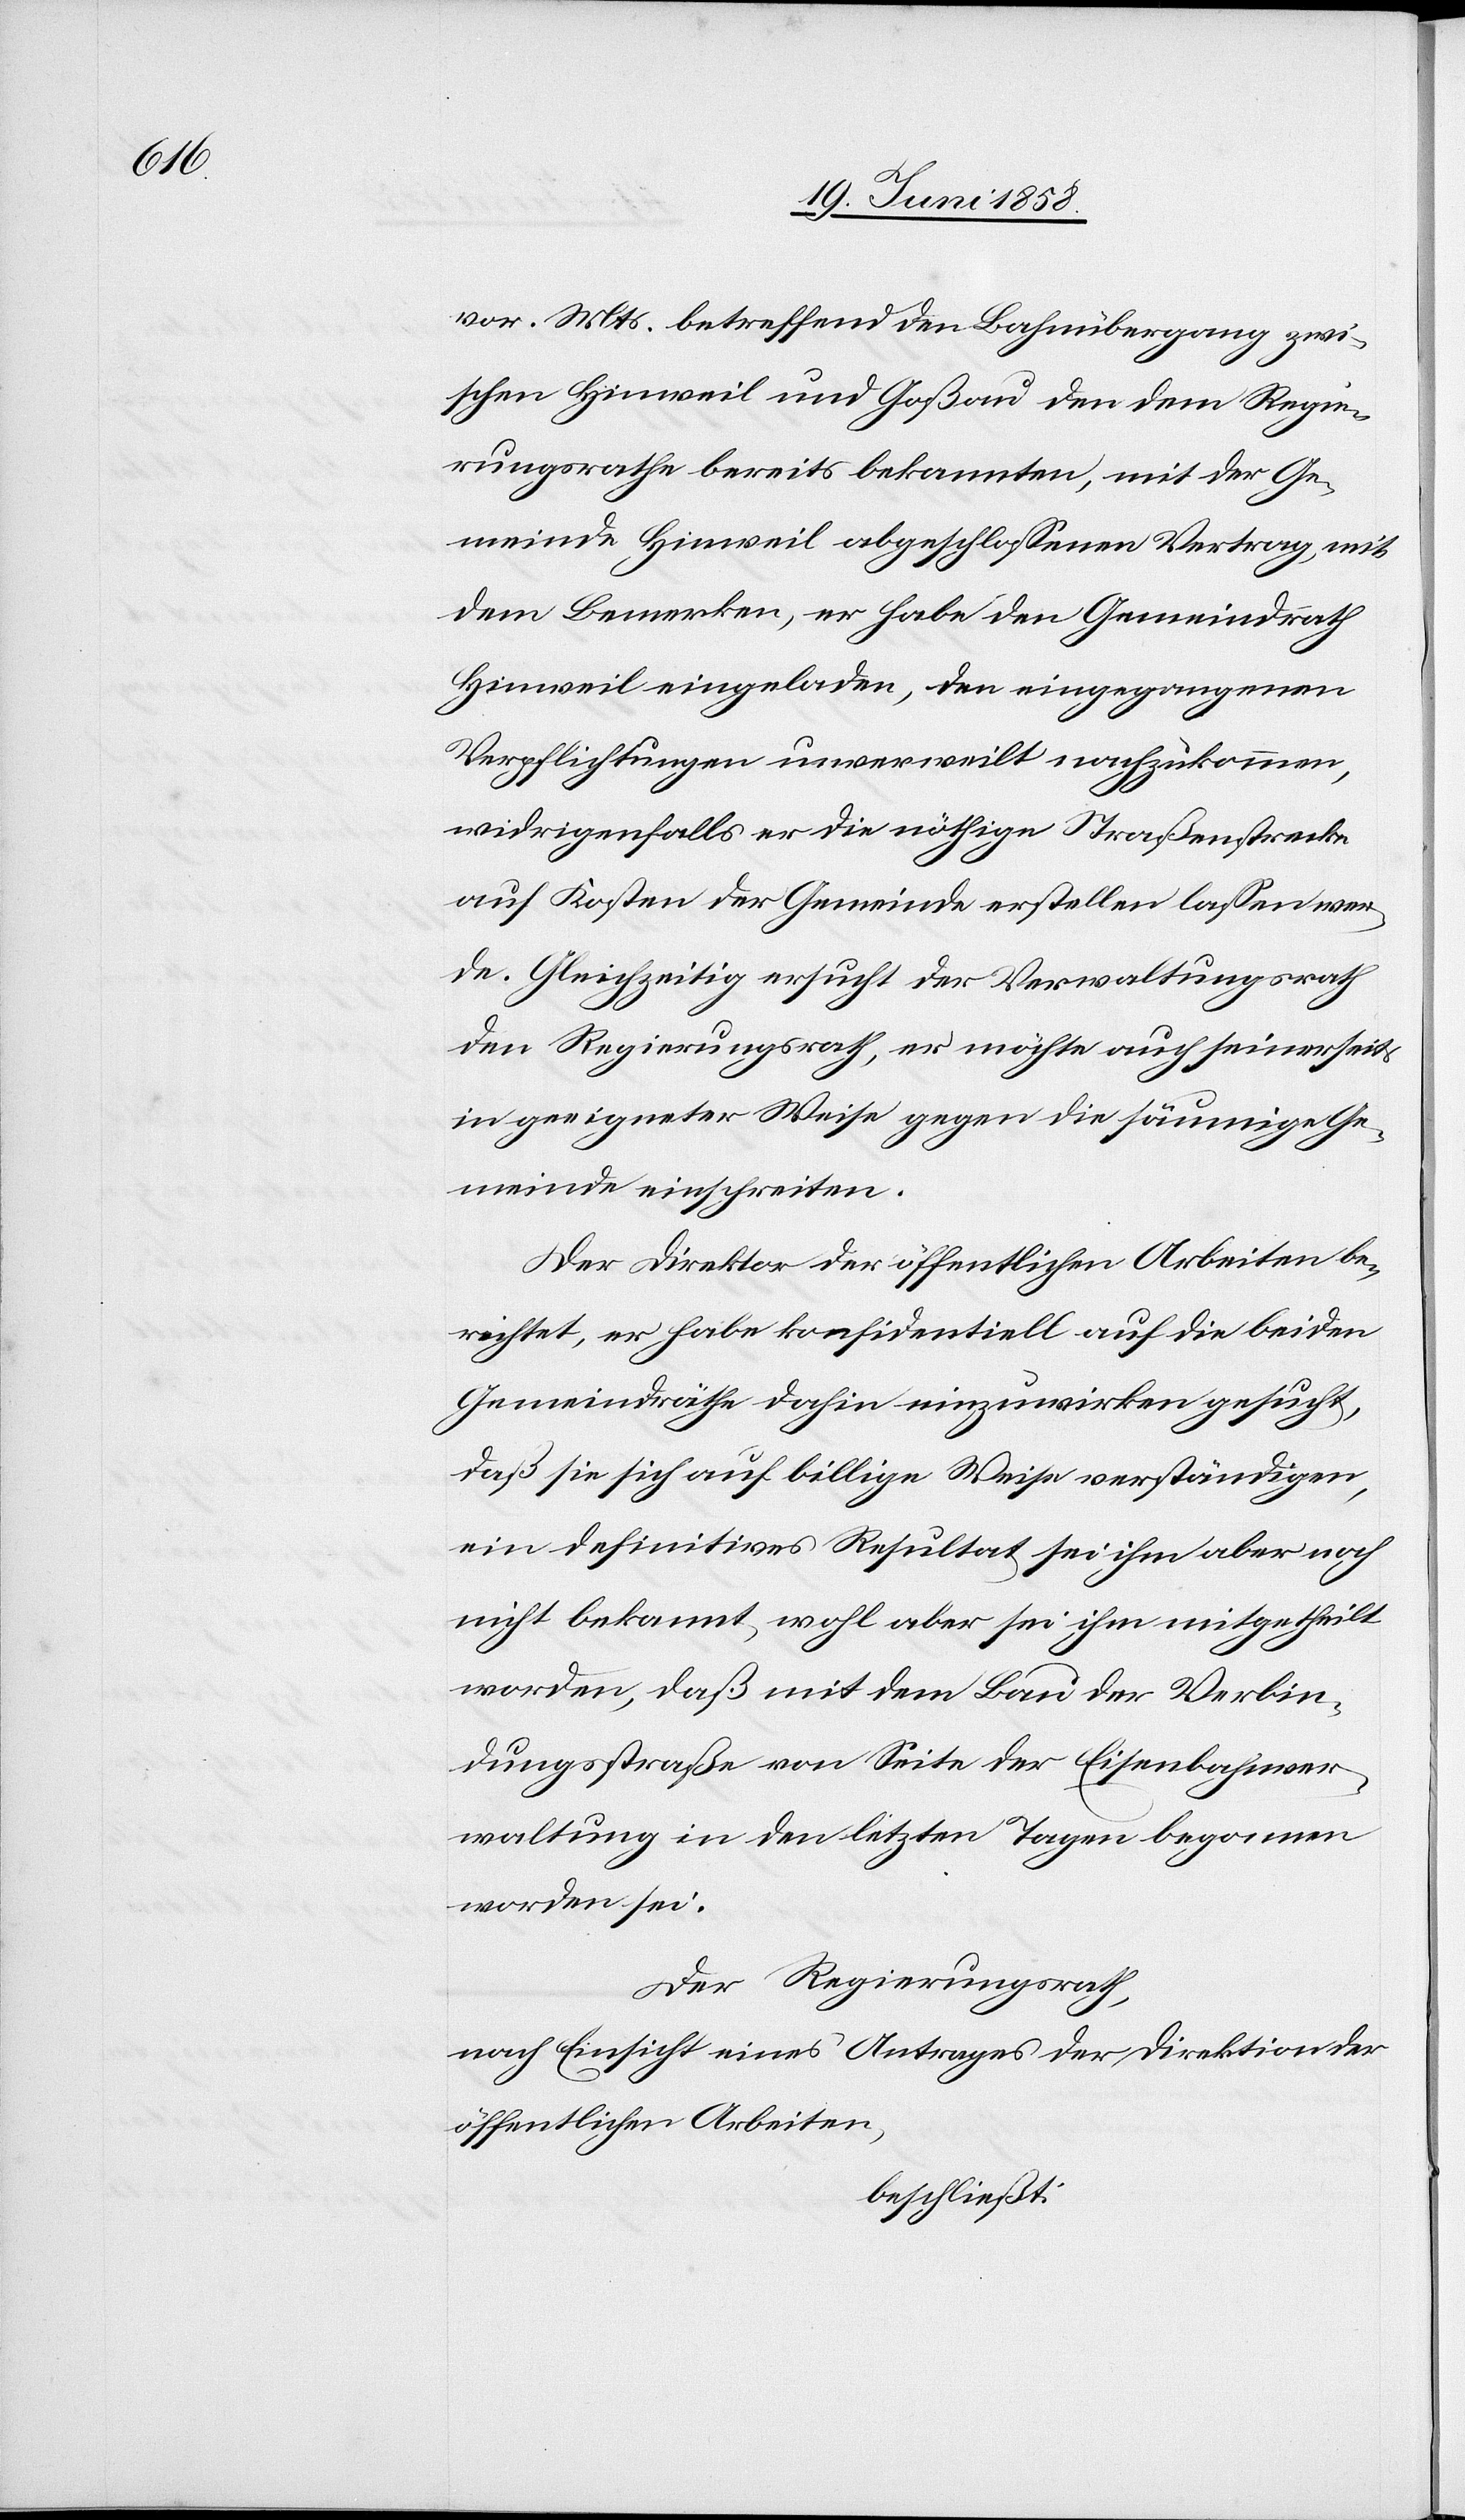
vor. Mts. betreffend den Bahnübergang zwi¬
schen Hinweil und Goßau den dem Regie¬
rungsrathe bereits bekannten, mit der Ge¬
meinde Hinweil abgeschlossenen Vertrag, mit
dem Bemerken, er habe den Gemeindrath
Hinweil eingeladen, den eingegangenen
Verpflichtungen unverweilt nachzukommen,
widrigenfalls er die nöthige Straßenstrecke
auf Kosten der Gemeinde erstellen lassen wer¬
de. Gleichzeitig ersucht der Verwaltungsrath
den Regierungsrath, er möchte auch seinerseits
in geeigneter Weise gegen die säumige Ge¬
meinde einschreiten.
Der Direktor der öffentlichen Arbeiten be¬
richtet, er habe konfidentiell auf die beiden
Gemeindräthe dahin einzuwirken gesucht,
daß sie sich auf billige Weise verständigen,
ein definitives Resultat sei ihm aber noch
nicht bekannt, wohl aber sei ihm mitgetheilt
worden, daß mit dem Bau der Verbin¬
dungsstraße von Seite der Eisenbahnver¬
waltung in den letzten Tagen begonnen
worden sei.
Der Regierungsrath,
nach Einsicht eines Antrages der Direktion der
öffentlichen Arbeiten,
beschließt: